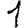
Digit: 1